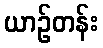
ယာဉ်တန်း